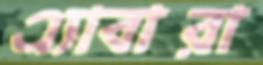
এ্যাবারা